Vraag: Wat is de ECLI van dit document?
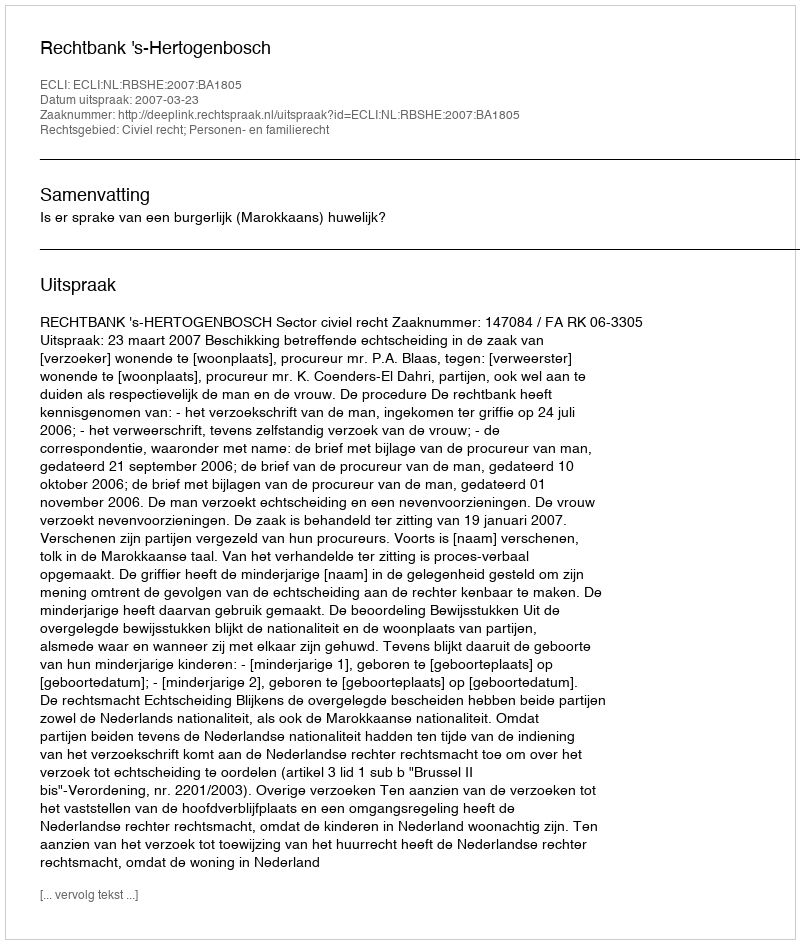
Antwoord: ECLI:NL:RBSHE:2007:BA1805